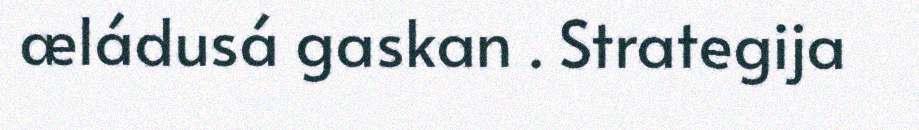
æládusá gaskan . Strategija